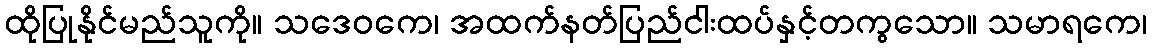
ထိုပြုနိုင်မည်သူကို။ သဒေဝကေ၊ အထက်နတ်ပြည်ငါးထပ်နှင့်တကွသော။ သမာရကေ၊